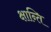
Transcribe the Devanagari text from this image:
क्षान्ति